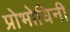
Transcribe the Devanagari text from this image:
प्रोभोधिनी